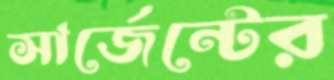
সার্জেন্টের